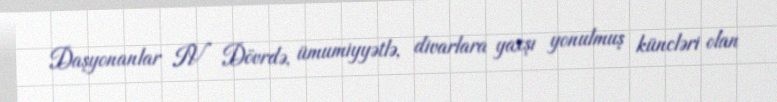
Daşyonanlar IV Dövrdə, ümumiyyətlə, divarlara yaxşı yonulmuş küncləri olan